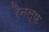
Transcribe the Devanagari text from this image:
रैनल्फ